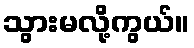
သွားမလို့ကွယ်။